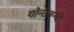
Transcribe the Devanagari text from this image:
गोन्टेबन्ये